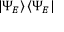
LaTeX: \left| \Psi _ { E } \right\rangle \left\langle \Psi _ { E } \right|